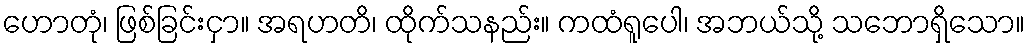
ဟောတုံ၊ ဖြစ်ခြင်းငှာ။ အရဟတိ၊ ထိုက်သနည်း။ ကထံရူပေါ၊ အဘယ်သို့ သဘောရှိသော။